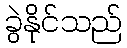
ခွဲနိုင်သည်